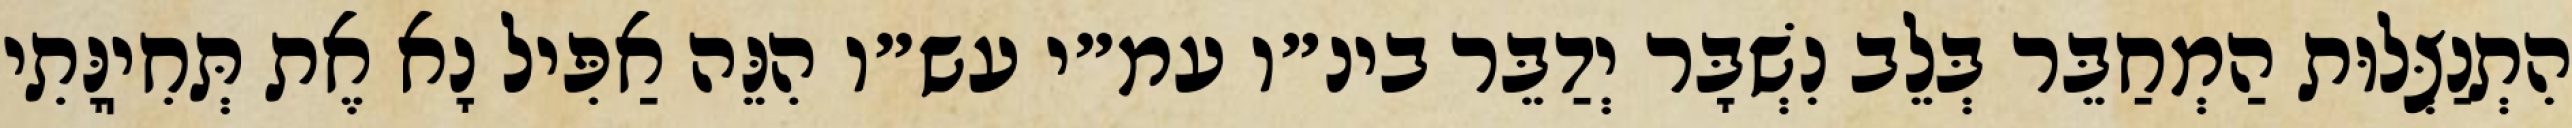
הִתְנַצְּלוּת הַמְחַבֵּר בְּלֵב נִשְׁבָּר יְדַבֵּר בינ״ו עמ״י עש״ו הִנֵּה אַפִּיל נָא אֶת תְּחִיֽנָּתִי